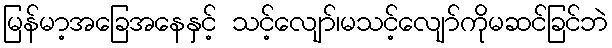
မြန်မာ့အခြေအနေနှင့် သင့်လျော်၊မသင့်လျော်ကိုမဆင်ခြင်ဘဲ